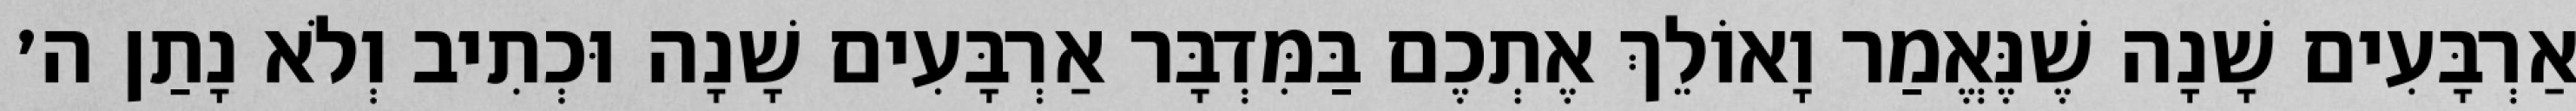
אַרְבָּעִים שָׁנָה שֶׁנֶּאֱמַר וָאוֹלֵךְ אֶתְכֶם בַּמִּדְבָּר אַרְבָּעִים שָׁנָה וּכְתִיב וְלֹא נָתַן ה׳